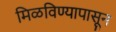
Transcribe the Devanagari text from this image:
मिळविण्यापासून